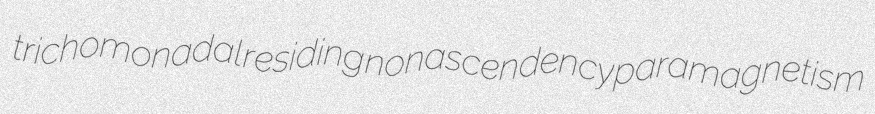
trichomonadal residing nonascendency paramagnetism